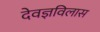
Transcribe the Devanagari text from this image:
देवज्ञविलास